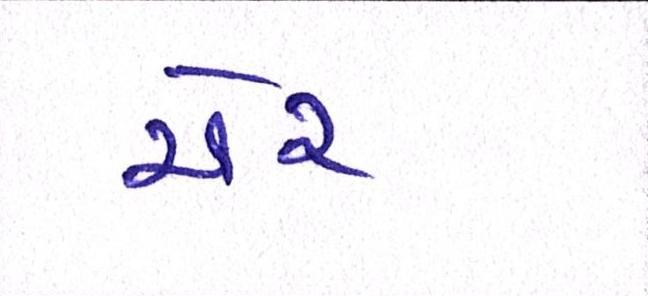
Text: ચેર